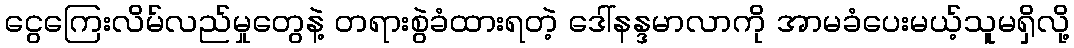
ငွေကြေးလိမ်လည်မှုတွေနဲ့ တရားစွဲခံထားရတဲ့ ဒေါ်နန္ဒမာလာကို အာမခံပေးမယ့်သူမရှိလို့